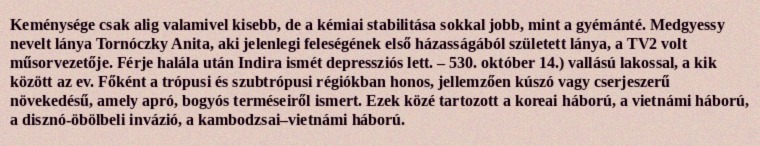
Keménysége csak alig valamivel kisebb, de a kémiai stabilitása sokkal jobb, mint a gyémánté. Medgyessy nevelt lánya Tornóczky Anita, aki jelenlegi feleségének első házasságából született lánya, a TV2 volt műsorvezetője. Férje halála után Indira ismét depressziós lett. – 530. október 14.) vallású lakossal, a kik között az ev. Főként a trópusi és szubtrópusi régiókban honos, jellemzően kúszó vagy cserjeszerű növekedésű, amely apró, bogyós terméseiről ismert. Ezek közé tartozott a koreai háború, a vietnámi háború, a disznó-öbölbeli invázió, a kambodzsai–vietnámi háború.